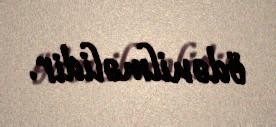
ödənilməlidir.